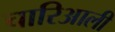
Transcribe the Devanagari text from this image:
चारिआली